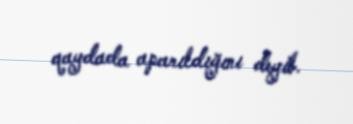
qaydada aparıldığını deyib.